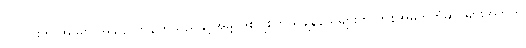
လူတိုင်းက အိမ်မှာ အချိန်ပိုကုန်ကြသည်နှင့်အမျှ ဒစ်ဂျစ်တယ်ချန်နယ်များက ကုန်အမှတ်တံဆိပ်များအတွက်